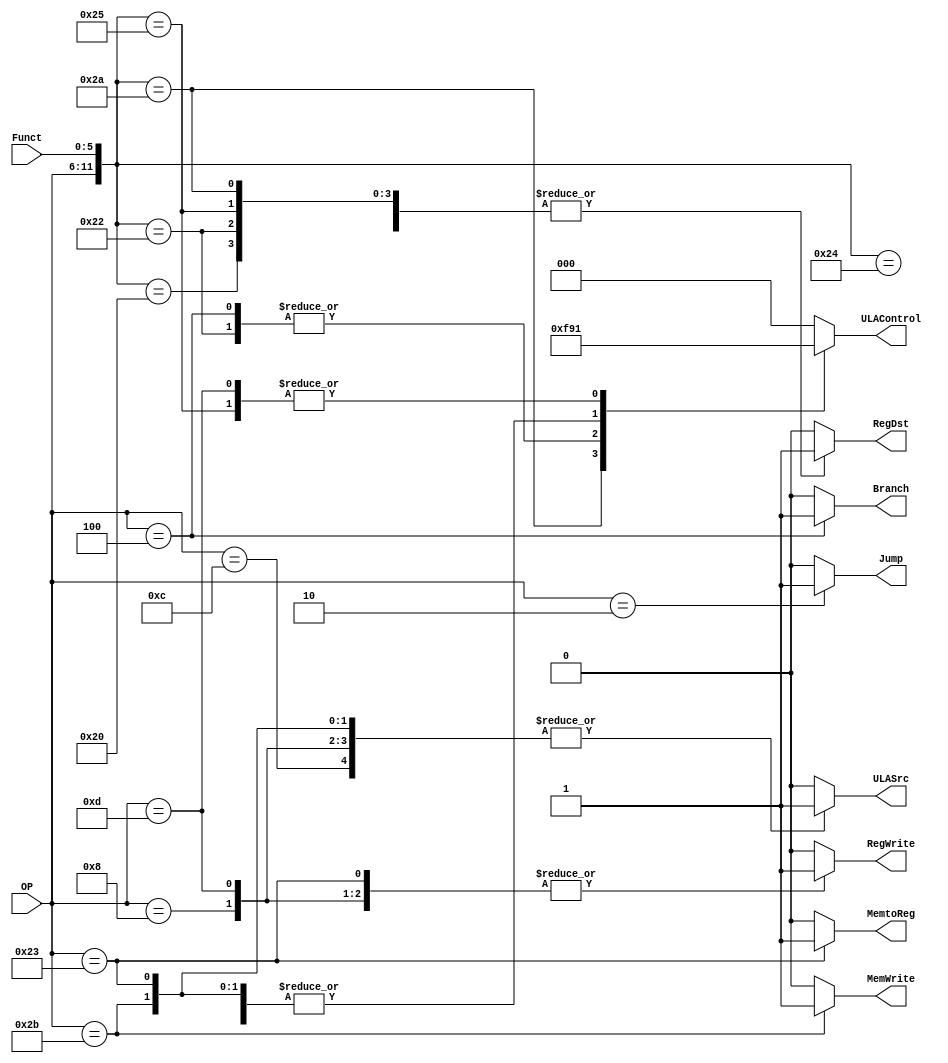
module ControlUnit (input [5:0]OP, Funct,
							output reg Jump, MemtoReg, MemWrite, Branch, ULASrc, RegDst, RegWrite,
							output reg [2:0]ULAControl);
							
always @(*)
begin
casex({OP, Funct})

12'b000000100000: begin RegWrite = 1; RegDst = 1; ULASrc = 0; ULAControl = 3'b010; Branch = 0; MemWrite = 0; MemtoReg = 0; Jump = 0; end
12'b000000100010: begin RegWrite = 1; RegDst = 1; ULASrc = 0; ULAControl = 3'b110; Branch = 0; MemWrite = 0; MemtoReg = 0; Jump = 0;end
12'b000000100100: begin RegWrite = 1; RegDst = 1; ULASrc = 0; ULAControl = 3'b000; Branch = 0; MemWrite = 0; MemtoReg = 0; Jump = 0;end
12'b000000100101: begin RegWrite = 1; RegDst = 1; ULASrc = 0; ULAControl = 3'b001; Branch = 0; MemWrite = 0; MemtoReg = 0; Jump = 0;end
12'b000000101010: begin RegWrite = 1; RegDst = 1; ULASrc = 0; ULAControl = 3'b111; Branch = 0; MemWrite = 0; MemtoReg = 0; Jump = 0;end
12'b100011xxxxxx: begin RegWrite = 1; RegDst = 0; ULASrc = 1; ULAControl = 3'b010; Branch = 0; MemWrite = 0; MemtoReg = 1; Jump = 0;end
12'b101011xxxxxx: begin RegWrite = 0; RegDst = 0; ULASrc = 1; ULAControl = 3'b010; Branch = 0; MemWrite = 1; MemtoReg = 0; Jump = 0;end
12'b000100xxxxxx: begin RegWrite = 0; RegDst = 0; ULASrc = 0; ULAControl = 3'b110; Branch = 1; MemWrite = 0; MemtoReg = 0; Jump = 0;end
12'b001000xxxxxx: begin RegWrite = 1; RegDst = 0; ULASrc = 1; ULAControl = 3'b010; Branch = 0; MemWrite = 0; MemtoReg = 0; Jump = 0;end
12'b000010xxxxxx: begin RegWrite = 0; RegDst = 0; ULASrc = 0; ULAControl = 0; Branch = 0; MemWrite = 0; MemtoReg = 0; Jump = 1;end
12'b001100xxxxxx: begin RegWrite = 1; RegDst = 0; ULASrc = 1; ULAControl = 3'b000; Branch = 0; MemWrite = 0; MemtoReg = 0; Jump = 0;end //ANDi
12'b001101xxxxxx: begin RegWrite = 1; RegDst = 0; ULASrc = 1; ULAControl = 3'b001; Branch = 0; MemWrite = 0; MemtoReg = 0; Jump = 0;end //ORi

default begin RegWrite = 0; RegDst = 0; ULASrc = 0; ULAControl = 0; Branch = 0; MemWrite = 0; MemtoReg = 0; Jump = 0;end
endcase
end

endmodule